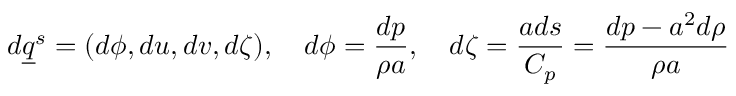
d \underline { { q } } ^ { s } = ( d \phi , d u , d v , d \zeta ) , \quad d \phi = \frac { d p } { \rho a } , \quad d \zeta = \frac { a d s } { C _ { p } } = \frac { d p - a ^ { 2 } d \rho } { \rho a }